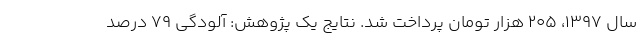
سال ۱۳۹۷، ۲۰۵ هزار تومان پرداخت شد. نتایج یک پژوهش: آلودگی ۷۹ درصد